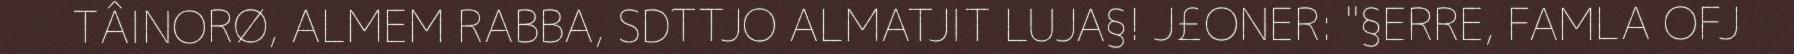
TÂINORØ, ALMEM RABBA, SDTTJO ALMATJIT LUJA§! J£ONER: "§ERRE, FAMLA OFJ